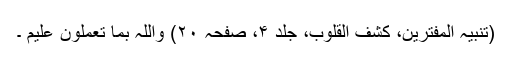
(تنبیہ المفترین، کشف القلوب، جلد ۴، صفحہ ۲۰) وَاللّٰہُ بِمَا تَعْمَلُوْنَ عَلِیْمْ ۔